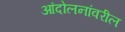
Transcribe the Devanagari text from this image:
आंदोलनांवरील